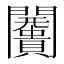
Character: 𮤩